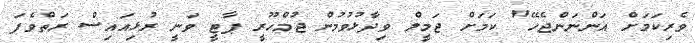
ވެރިކަމަށް އަންނަންޖެހޭ" ކަމަށް ޖަމީލް ވިދާޅުވުމުން ޖުމްހޫރީ ޕާޓީ ވަނީ ރުޅިއައިސް ރަތްވެފަ